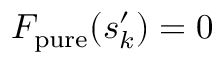
F _ { \mathrm { p u r e } } ( s _ { k } ^ { \prime } ) = 0